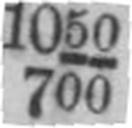
700